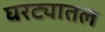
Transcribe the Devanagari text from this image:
घरट्यातल